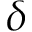
\delta